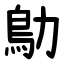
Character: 鳨